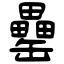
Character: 罍